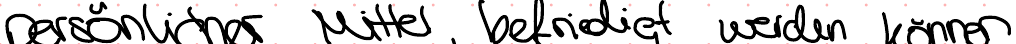
persönlicher Mittel befriedigt werden können